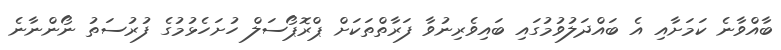
ބާއްވާނެ ކަމަށާއި އެ ބައްދަލުވުމުގައި ބައިވެރިނުވާ ފަރާތްތަކަށް ޕްރޮޕޯސަލް ހުށަހެޅުމުގެ ފުރުސަތު ނޯންނާނެ